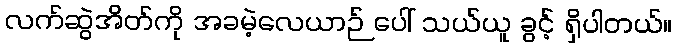
လက်ဆွဲအိတ်ကို အခမဲ့လေယာဉ် ပေါ် သယ်ယူ ခွင့် ရှိပါတယ်။